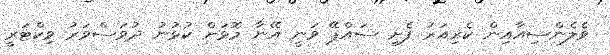
ވެލެންސިއާއިން ކެރިއަރު ފެށި ސައްޕޭ ވަނީ އޭނާ މޮޅަށް ކުޅުނު ދުވަސްވަރު ވިކްޓަރީ